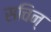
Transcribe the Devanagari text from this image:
सचिन्